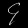
Digit: ၄